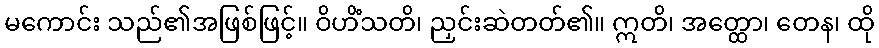
မကောင်း သည်၏အဖြစ်ဖြင့်။ ဝိဟိံသတိ၊ ညှင်းဆဲတတ်၏။ ဣတိ၊ အတ္ထော၊ တေန၊ ထို